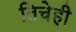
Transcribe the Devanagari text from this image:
तिचेही